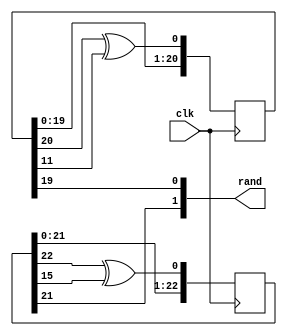
/***********************************************
*  ECE324 Digital Systems Design:  Maze Generator
*  John Hofman, Candice Adsero, & Ricky Barella
*  rand_num
************************************************/


module rand_num(
    input clk,          // Clock Input
    output [1:0] rand   // Random number
    );
	
    // Random sequence for first bit
    reg [22:0] r1 = 23'b1010110100_1101101101_010;
    always @(posedge clk) begin
        r1 <= {r1[21:0], r1[22] ^ r1[15]};  // 2nd MSB + MSB xor'd with random bit
    end
	
    // Random sequence for second bit
    reg [20:0] r2 = 21'b1011011010_0101010111_0;
    always @(posedge clk) begin
        r2 <= {r2[19:0], r2[20] ^ r2[11]};  // 2nd MSB + MSB xor'd with random bit
    end
	
    assign rand = {r1[21], r2[19]};         // Concatenate the 2 bits
	
endmodule